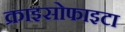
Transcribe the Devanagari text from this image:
क्राइसोफाइटा